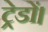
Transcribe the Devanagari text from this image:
ट्रेडों।